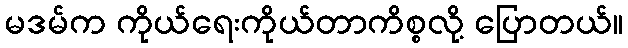
မဒမ်က ကိုယ်ရေးကိုယ်တာကိစ္စလို့ ပြောတယ်။